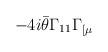
LaTeX: \begin{align*}- 4i \bar{\theta} \Gamma_{11} \Gamma_{[ \mu}\end{align*}